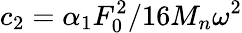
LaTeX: c_{2}=\alpha_{1}F_{0}^{2}/16M_{n}\omega^{2}